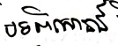
បទពិសោធន៍